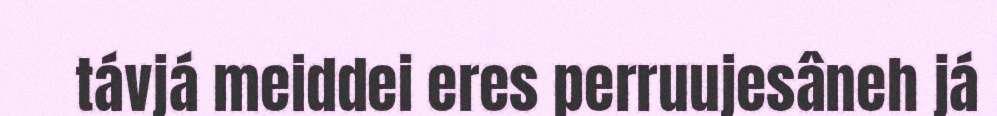
távjá meiddei eres perruujesâneh já